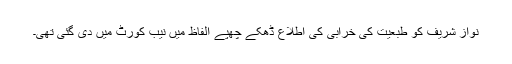
نواز شریف کو طبعیت کی خرابی کی اطلاع ڈھکے چھپے الفاظ میں نیب کورٹ میں دی گئی تھی۔